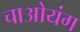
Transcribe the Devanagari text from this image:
चाओयंग